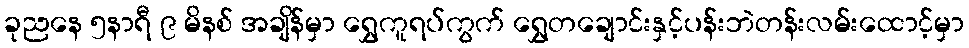
ခုညနေ ၅နာရီ ၉ မိနစ် အချိန်မှာ ရွှေကူရပ်ကွက် ရွှေတချောင်းနှင့်ပန်းဘဲတန်းလမ်းထောင့်မှာ